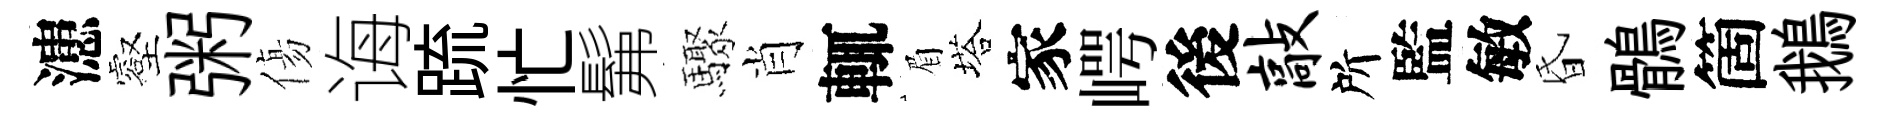
漶壑粥傷诲䟽忙髴驟肖輒眉塔家崿後敲所監敏昏鶻箇鵝